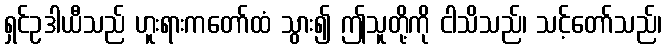
ရှင်ဥဒါယီသည် ဟူးရားကတော်ထံ သွား၍ ဤသူတို့ကို ငါသိသည်၊ သင့်တော်သည်၊